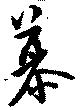
慕